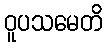
ဝူပသမေတိ